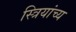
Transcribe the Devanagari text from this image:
स्त्रियांच्य